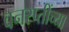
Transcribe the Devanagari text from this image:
वनस्प्तींच्या